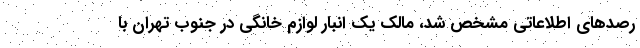
رصدهای اطلاعاتی مشخص شد، مالک یک انبار لوازم خانگی در جنوب تهران با